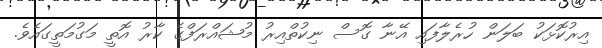
އިރުކޮޅަކު ބަލަން ހުރެލާފައި އޭނާ ގޮސް ނިކުތްއިރު މުޝައްރަފްގެ ކާރު އޮތީ މަގުމަތީގައެވެ.